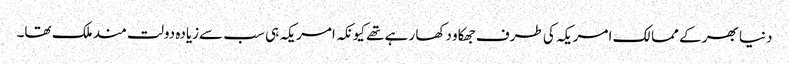
دنیا بھر کے ممالک امریکہ کی طرف جھکاو دکھا رہے تھے کیونکہ امریکہ ہی سب سےزیادہ دولت مند ملک تھا۔